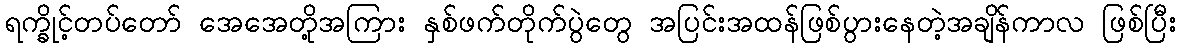
ရက္ခိုင့်တပ်တော် အေအေတို့အကြား နှစ်ဖက်တိုက်ပွဲတွေ အပြင်းအထန်ဖြစ်ပွားနေတဲ့အချိန်ကာလ ဖြစ်ပြီး